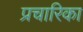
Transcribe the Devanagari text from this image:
प्रचारिका